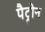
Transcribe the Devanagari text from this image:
पैट्रोन